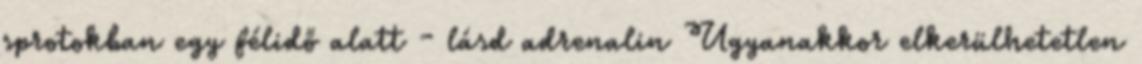
sprotokban egy félidő alatt - lásd adrenalin Ugyanakkor elkerülhetetlen